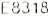
E8318